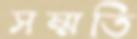
সম্মতি